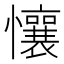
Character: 懹